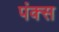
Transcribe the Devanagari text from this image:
पंक्स